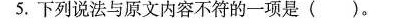
5.下列说法与原文内容不符的一项是(